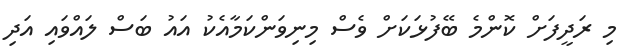
މި ރަދީފަށް ކޮންމެ ބޭފުޅަކަށް ވެސް މިނިވަންކަމާއެކު އައު ބަސް ލައްވައި އަދި